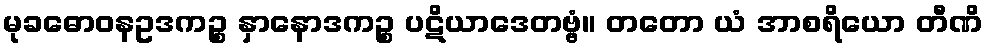
မုခဓောဝနဥဒကဉ္စ နှာနောဒကဉ္စ ပဋိယာဒေတဗ္ဗံ။ တတော ယံ အာစရိယော တီဏိ